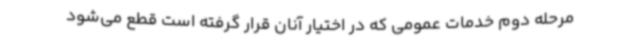
مرحله دوم خدمات عمومی که در اختیار آنان قرار گرفته است قطع می‌شود